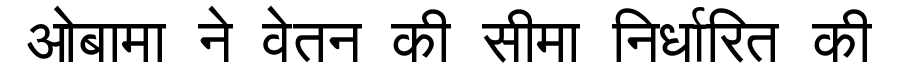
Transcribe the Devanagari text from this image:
ओबामा ने वेतन की सीमा निर्धारित की